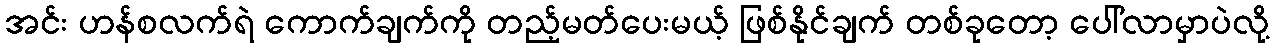
အင်း ဟန်စလက်ရဲ ကောက်ချက်ကို တည့်မတ်ပေးမယ့် ဖြစ်နိုင်ချက် တစ်ခုတော့ ပေါ်လာမှာပဲလို့